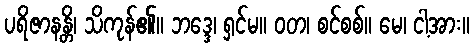
ပရိဇာနန္တိ၊ သိကုန်၏။ ဘဒ္ဒေ၊ ရှင်မ။ ဝတ၊ စင်စစ်။ မေ၊ ငါ့အား။